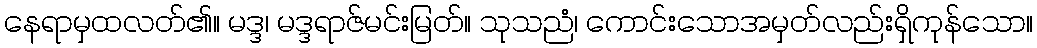
နေရာမှထလတ်၏။ မဒ္ဒ၊ မဒ္ဒရာဇ်မင်းမြတ်။ သုသညံ၊ ကောင်းသောအမှတ်လည်းရှိကုန်သော။